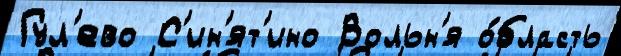
Гул'ево С'ин'ят'ино Вольн'я о́бласть